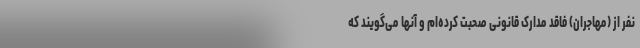
نفر از (مهاجران) فاقد مدارک قانونی صحبت کرده‌ام و آنها می‌گویند که